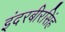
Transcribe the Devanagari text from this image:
इंदरबीरसिंह